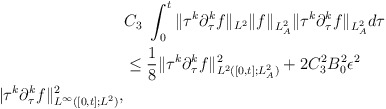
\begin{align*}&C_3\ \int^t_0\|\tau^{k}\partial^{k}_\tau f\|_{L^2}\| f\|_{L^2_A}\|\tau^k\partial^k_\tau f\|_{L^2_A}d\tau\\&\le \frac{1}{8}\|\tau^k\partial^k_\tau f\|^2_{L^2([0,t];L^2_A)}+2C^2_3 B^2_0\epsilon^2\\|\tau^{k}\partial^{k}_\tau f\|^2_{L^\infty([0, t]; L^2)},\end{align*}